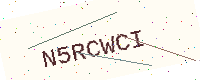
Text: N5RCWCI